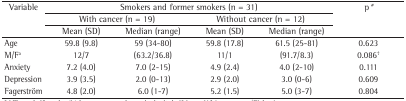
<table><thead><tr><td><b> Variable</b></td><td colspan="4"><b> Smokers and former smokers (n = 31)</b></td><td><b> p*</b></td></tr><tr><td></td><td colspan="2"><b> With cancer (n = 19)</b></td><td colspan="2"><b> Without cancer (n = 12)</b></td><td></td></tr><tr><td></td><td><b> Mean (SD)</b></td><td><b> Median (range)</b></td><td><b> Mean (SD)</b></td><td><b> Median (range)</b></td><td></td></tr></thead><tbody><tr><td> Age</td><td>59.8 (9.8)</td><td>59 (34-80)</td><td>59.8 (17.8)</td><td>61.5 (25-81)</td><td>0.623</td></tr><tr><td> M/F<sup>a</sup></td><td>12/7</td><td>(63.2/36.8)</td><td>11/1</td><td>(91.7/8.3)</td><td>0.086<sup>†</sup></td></tr><tr><td> Anxiety</td><td>7.2 (4.0)</td><td>7.0 (2-15)</td><td>4.9 (2.4)</td><td>4.0 (2-10)</td><td>0.111</td></tr><tr><td> Depression</td><td>3.9 (3.5)</td><td>2.0 (0-13)</td><td>2.9 (2.0)</td><td>3.0 (0-6)</td><td>0.609</td></tr><tr><td> Fagerström</td><td>4.8 (2.0)</td><td>6.0 (1-7)</td><td>5.2 (1.5)</td><td>5.0 (3-7)</td><td>0.804</td></tr></tbody></table>